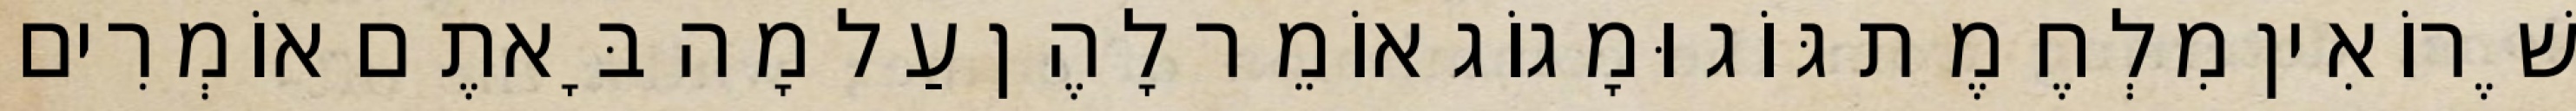
שֶׁרוֹאִין מִלְחֶמֶת גּוֹג וּמָגוֹג אוֹמֵר לָהֶן עַל מָה בָּאתֶם אוֹמְרִים